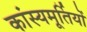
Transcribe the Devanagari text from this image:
कांस्यमूर्तियों